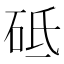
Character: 砥